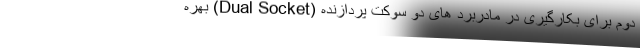
دوم برای بکارگیری در مادربرد های دو سوکت پردازنده (Dual Socket) بهره